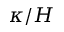
\kappa / H